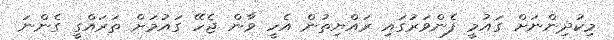
މިކުދިންނަށް ގައުމީ ފެންވަރުގައި ރައްޔިތުން އެހީ ވާން ޖެހޭ ގައުމަށް ތަރައްގީ ގެންނަ